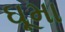
ઘૂમા